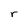
Character: r